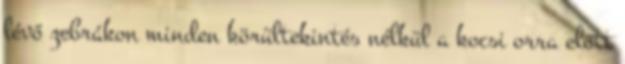
lévő zebrákon minden körültekintés nélkül a kocsi orra előtt